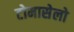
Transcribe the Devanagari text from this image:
टोमासेलो